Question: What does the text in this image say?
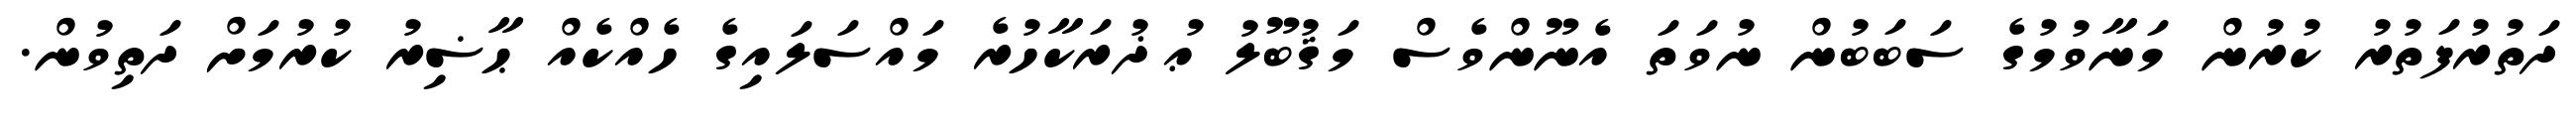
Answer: ދަތުރުފަތުރު ކުރުން މަނާވުމުގެ ސަބަބުން ނުވަތަ އެނޫންވެސް މަޤުބޫލު ޢުޛުރަކާހުރެ މައްސަލައިގެ ހެއްކެއް ޙާޟިރު ކުރުމަށް ދަތިވުން.